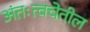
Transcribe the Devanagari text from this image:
अंतःत्वचेतील